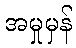
အမှုမှန်